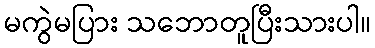
မကွဲမပြား သဘောတူပြီးသားပါ။